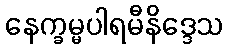
နေက္ခမ္မပါရမီနိဒ္ဒေသ